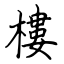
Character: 樓